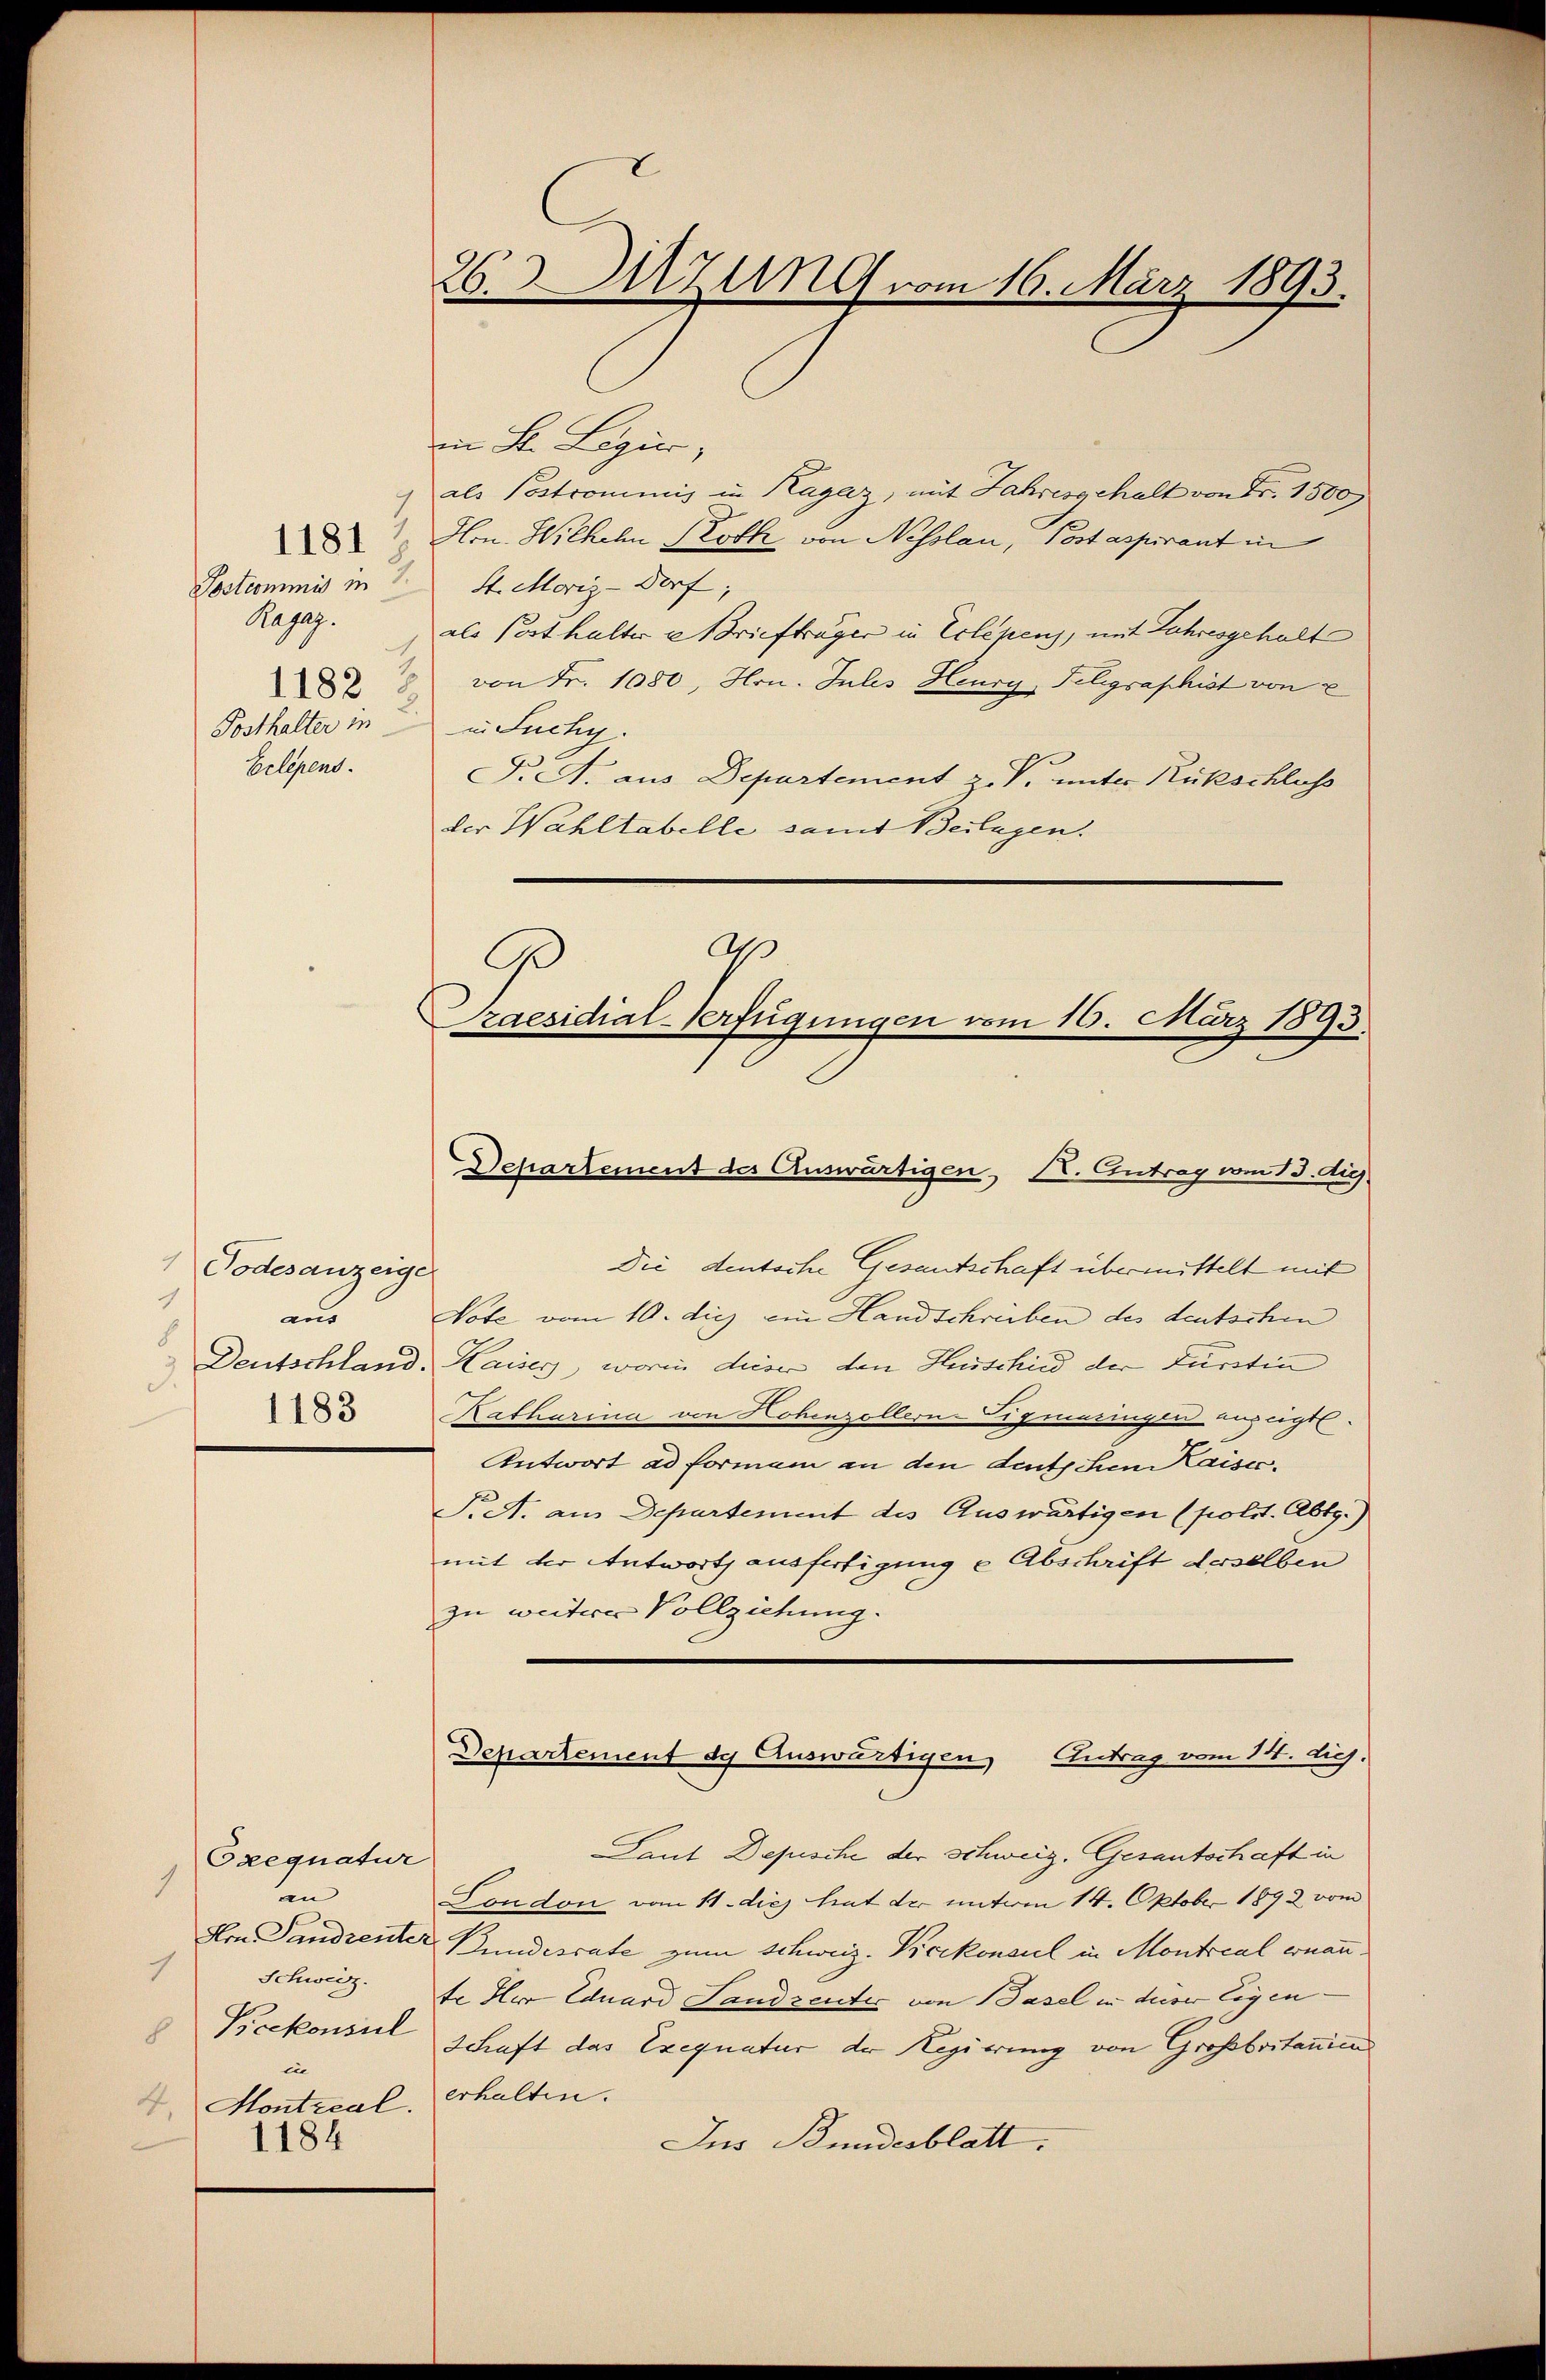
Papag.
J
1182.
Posthalter in
Gelegens.

1181

Todesanzeige
1
aus
8
d.
1183

Orequatur
1
an
1
Schweiz.
8 Boekonsul
in
4. Hontzeal, erhalten.
1184

26. Sitzung vom 16. März 1893.

in St. Legier,
als Postrommnis in Ragaz, mit Jahresgehalt von Fr. 1500
Hrn. Wilhelm Roth von Nesslau, Post aspirant in
Postcommis in 2 S. Moriz-Dorf;
als Posthalter u Briefträger in Erlepens, mit Jahresgehalt
von Fr. 1080, Hrn. Jules Heurg, Telegraphist von E
in Suchy.
F. A. aus Departement z. V. unter Rückschluss
der Wahltabelle samt Beilagen.
O
G

Praesidial-Verfügungen vom 16. März 1893.
Departement des Auswärtigen, K. Antrag vom 13. di

Die deutsche Gesandschaft übermittelt mit
Note vom 10. dies ein Handschreiben des deutschen
Deutschland. Kaiser, worin dieser den Hirschied der Fürstin
Katharina von Hohenzollern-Sigmaringen anzeigt.
Antwort ad forman an den deutschen Kaisec.
T. A. aus Departement des Auswärtigen (polit. Abtg.)
mit der Antworts ausfertigung u Abschrift derselben
zu weiterer Vollziehung.

Laut Depische der Schweiz. Gesantschaft in
London vom 11. dies hat der unterm 14. Oktober 1892 vom
Von Tandrenter Bundesrate zum Schweiz. Vicekonsul in Montccal ernannte Her Eduard Landrenter von Basel in dieser Eigen
Schaft das Exequatur der Regierung von Großbritanien
Ins Bundesblatt.

Departement de Auswärtigen Eintrag/Antrag vom 14. diej